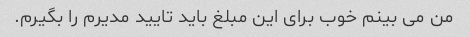
من می بینم خوب برای این مبلغ باید تایید مدیرم را بگیرم.